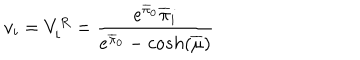
v _ { i } = V _ { i } ^ { R } = \frac { { e ^ { \overline { { { \pi } } } _ { 0 } } \overline { { { \pi } } } _ { i } } } { e ^ { \overline { { { \pi } } } _ { 0 } } - c o s h ( \overline { { { \mu } } } ) }